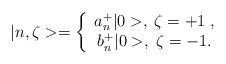
\begin{align*}|n,\zeta >=\left\{ \begin{array}{c}a_{n}^{+}|0>,\;\zeta =+1\;, \\ b_{n}^{+}|0>,\;\zeta =-1.\end{array}\right. \end{align*}